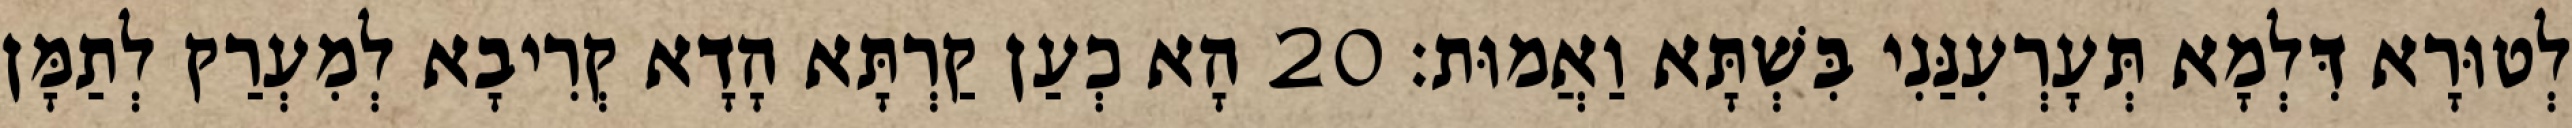
לְטוּרָא דִּלְמָא תְּעָרְעִנַּנִי בִּשְׁתָּא וַאֲמוּת׃ 20 הָא כְעַן קַרְתָּא הָדָא קְרִיבָא לְמִעְרַק לְתַמָּן